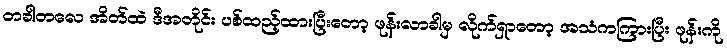
တခါတလေ အိတ်ထဲ ဒီအတိုင်း ပစ်ထည့်ထားပြီးတော့ ဖုန်းလာခါမှ လိုက်ရှာတော့ အသံကကြားပြီး ဖုန်းကို